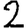
Digit: 2